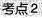
考点2